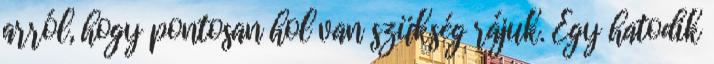
arról, hogy pontosan hol van szükség rájuk. Egy hatodik